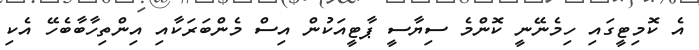
އެ ކޮމިޓީގައި ހިމެނޭނީ ކޮންމެ ސިޔާސީ ޕާޓީއަކުން އިސް މެންބަރަކާއި އިންތިހާބާބެހޭ އެކި